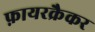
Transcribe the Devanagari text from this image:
फ़ायरक्रैकर